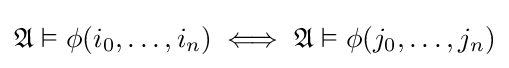
{\mathfrak {A}}\vDash \phi (i_{0},\ldots ,i_{n})\iff {\mathfrak {A}}\vDash \phi (j_{0},\ldots ,j_{n})